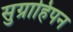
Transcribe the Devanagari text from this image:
सुग्राहिपन